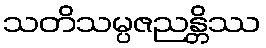
သတိသမ္ပဇညန္တိဿ